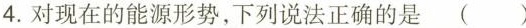
4.对现在的能源形势，下列说法正确的是()